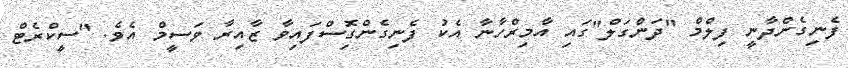
ފެނިގެންދާނީ ފިލްމް "ދަންގަލް"ގައި އާމިރްހާނާ އެކު ފެނިގެންގިޮސްފައިވާ ޒާއިރާ ވަސީމް އެވެ. "ސީކްރެޓް